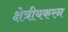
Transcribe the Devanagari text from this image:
क्षेत्रीयकरन